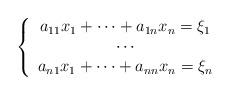
LaTeX: \begin{align*}\left\{\begin{array}{c}a_{11}x_1+\cdots+a_{1n}x_n=\xi_1\\\cdots\\a_{n1}x_1+\cdots+a_{nn}x_n=\xi_n\end{array}\right.\end{align*}